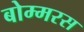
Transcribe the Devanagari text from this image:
बोम्मरस